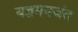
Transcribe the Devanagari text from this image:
यज्ञमयजंत